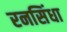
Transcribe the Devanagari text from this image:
रनसिंधा